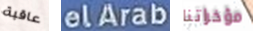
عاقبة elArab مؤخراتنا